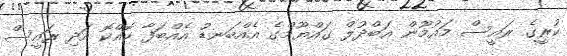
ކުރީގެ ރައީސް މައުމޫން އަބްދުލް ގައްޔޫމްގެ އެއްބަނޑު އެއްބަފާ ކޮއްކޮ އަދި ރައީސް